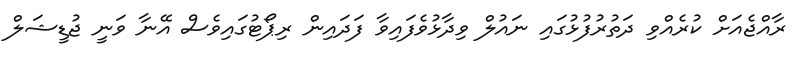
ރާއްޖެއަށް ކުރެއްވި ދަތުރުފުޅުގައި ނައުލް ވިދާޅުވެފައިވާ ފަދައިން ރިޕޯޓުގައިވެސް އޭނާ ވަނީ ޖުޑީޝަލް